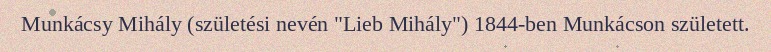
Munkácsy Mihály (születési nevén "Lieb Mihály") 1844-ben Munkácson született.